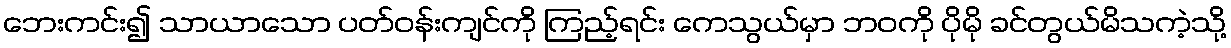
ဘေးကင်း၍ သာယာသော ပတ်ဝန်းကျင်ကို ကြည့်ရင်း ကေသွယ်မှာ ဘဝကို ပိုမို ခင်တွယ်မိသကဲ့သို့